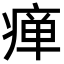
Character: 瘅